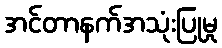
အင်တာနက်အသုံးပြုမှု